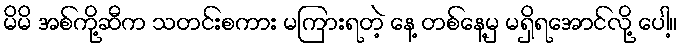
မိမိ အစ်ကို့ဆီက သတင်းစကား မကြားရတဲ့ နေ့ တစ်နေ့မှ မရှိရအောင်လို့ ပေါ့။